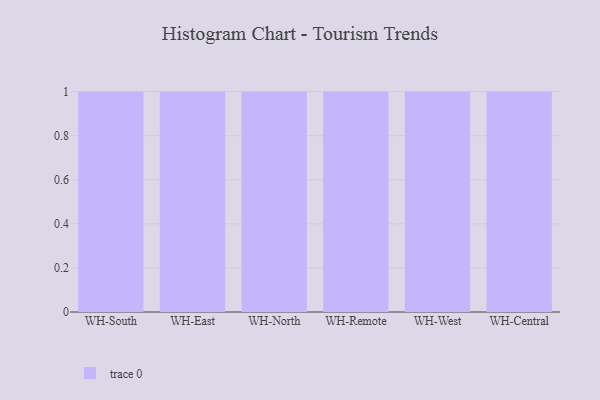
{"axis": {"x": "Warehouse", "y": "Backlog"}, "legend": [""], "data": [{"x": "WH-South", "y": 90, "type": ""}, {"x": "WH-East", "y": 72, "type": ""}, {"x": "WH-North", "y": 96, "type": ""}, {"x": "WH-Remote", "y": 58, "type": ""}, {"x": "WH-West", "y": 77, "type": ""}, {"x": "WH-Central", "y": 43, "type": ""}]}